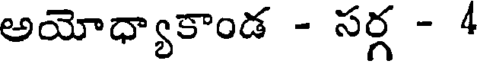
అయోధ్యాకాండ - సర్గ - 4